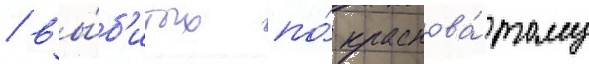
/ вы́б'итых по́ краснова́тому